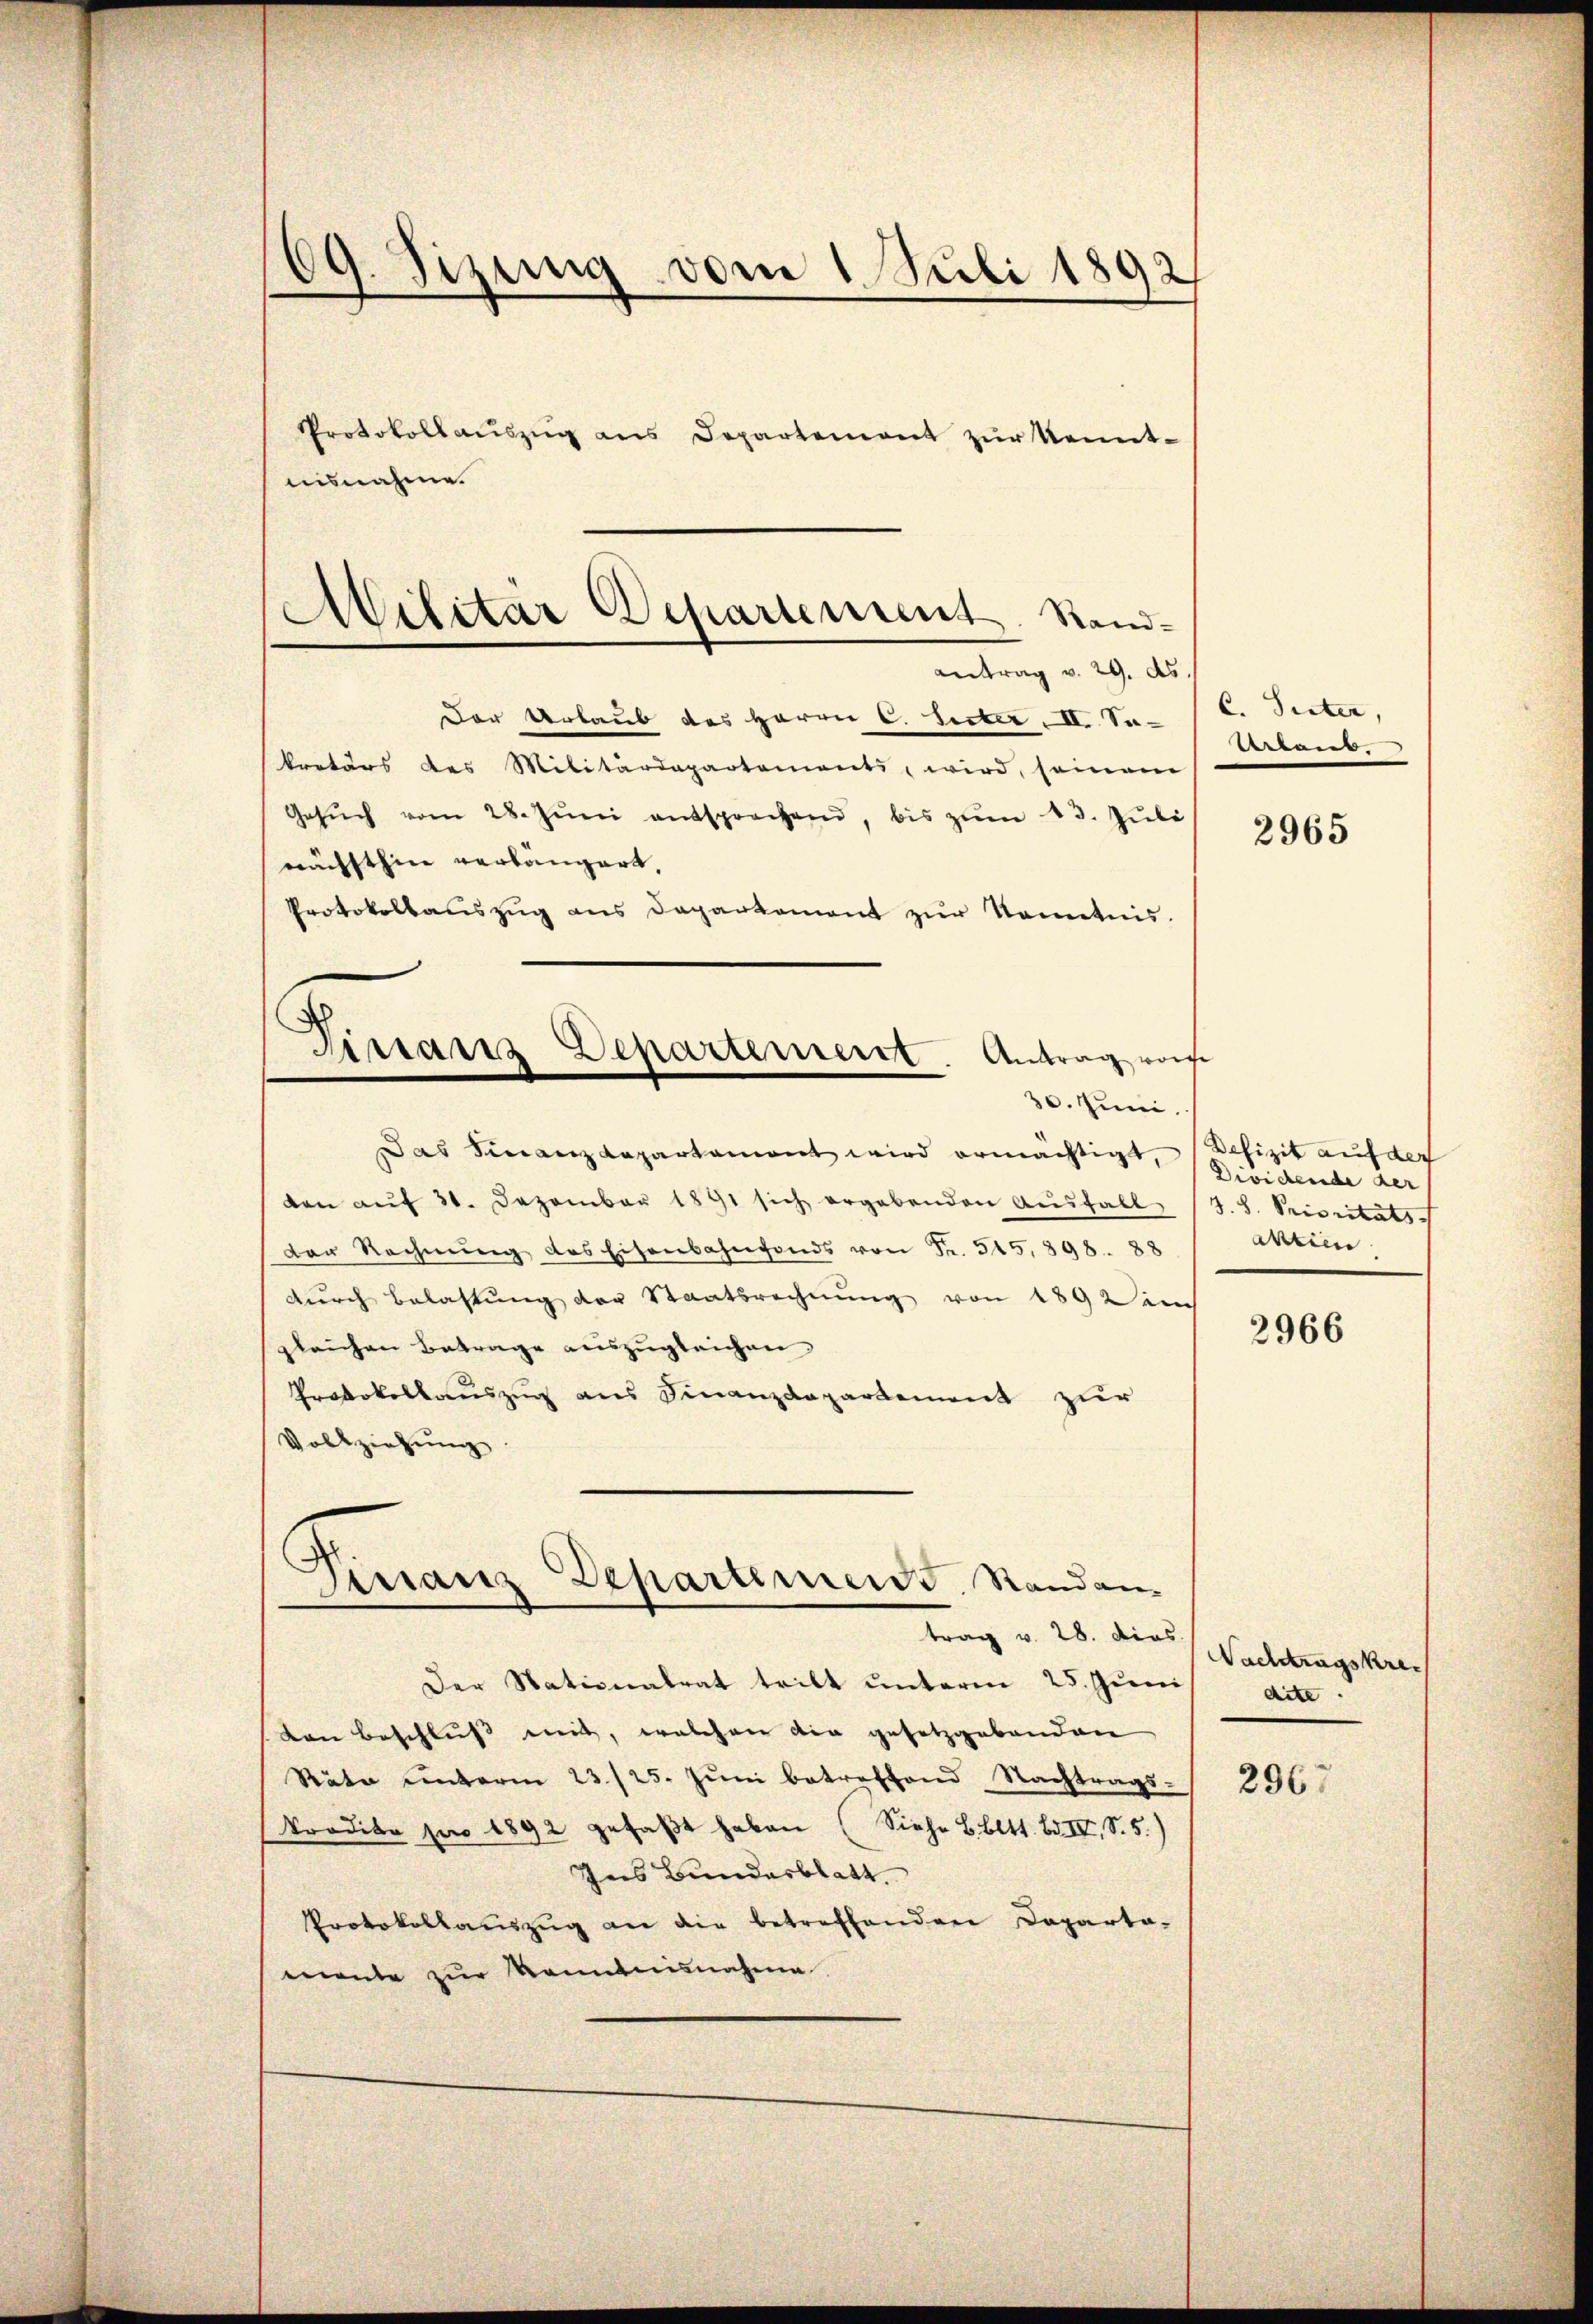
Protokollaŭszŭg ans Departement zŭr Kennt-
isnahme.
Der Urlaub des Herrn C. Seiter I. Se-
kretärs des Militärdepartements, wird, seinem
Gesŭch vom 28. Jŭni entsprochend, bis zŭm 13. Jŭli
nächsthin verlängert,
Protokollaŭszŭg ans Departement zŭr Kenntnis.
Fistanz Departement. Antrag von

69. Sizung vom 1. Juli 1892

Militar Departement. Stand-
antrag v. 29. ds.

30. Juni.

Finanz Departemends. Randantrag v. 28. dies

Das Finanzdepartamont wird ermächtigt, Dividende der
den aŭf 31. Dezember 1891 sich ergebenden Aŭsfall (T. S. Prioritäts-
Der Rechnŭng des Eisenbahnfonds von Fr. 545. 898. 88
durch Belastung der Staatsrechnung von 1892 ei
gleichen Betrage auszugleichen
Protokollauszug aus Finanzdepartement zur
Vollziehung
Der Nationalrat tritt unterm 25. Juni
den Beschluss mit, welchen die gesetzgebenden
Räte unterm 23./25. Jŭni betreffend Nachtrags-
Pradita pro 1892 gefaβt haben (Siehe B. Bett. B. II, S. 5.)
Ines Bundesblatt
Protokollaŭszŭg an die betreffenden Departo-
mente zur Kenntnisnahme

C. Suter,
ertens.

2965

Defizit auf der
Aktien

2966

Nachtragskrei
dite.

2967